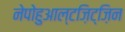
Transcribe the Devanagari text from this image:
नेपोहुआल्टज़िट्ज़िन